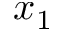
x _ { 1 }